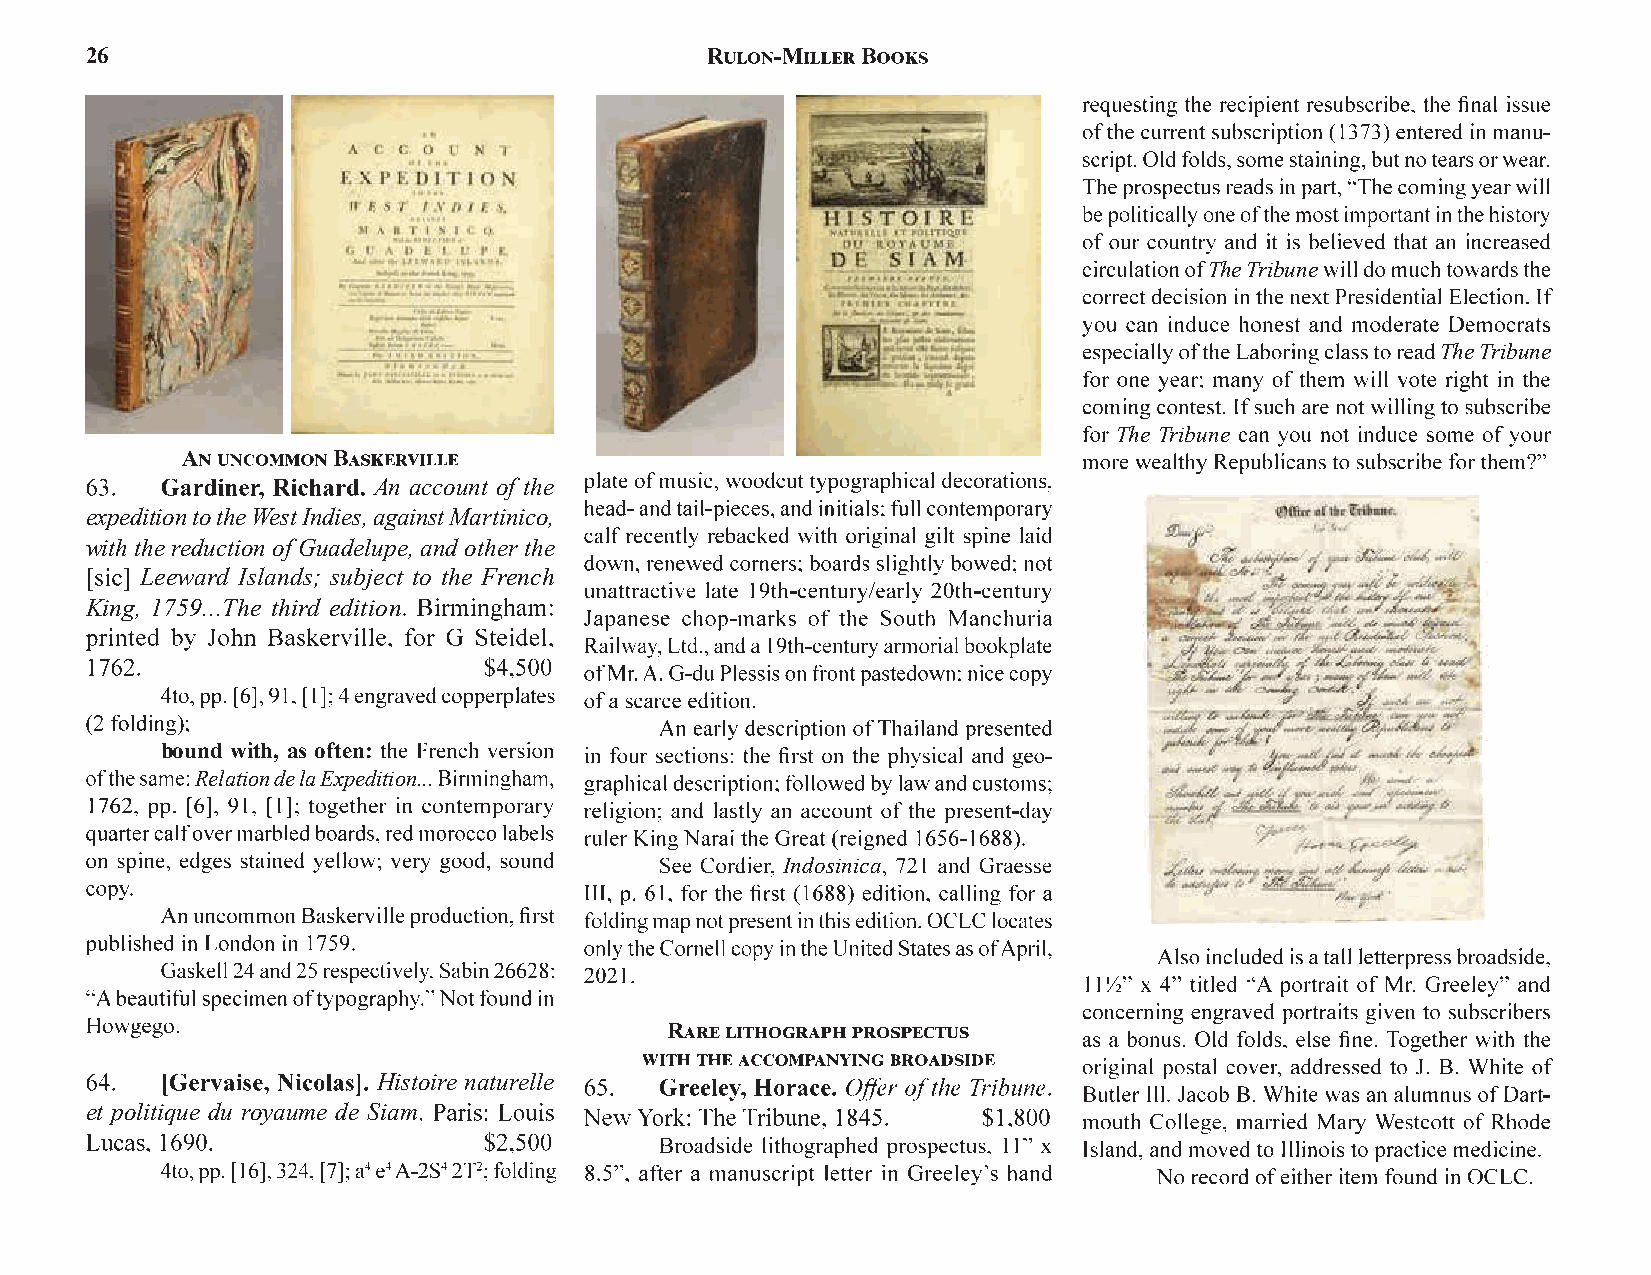
26
 The Tribune
 The Tribune
 The Tribune
 An account of the
 expedition to the West Indies, against Martinico,
 with the reduction of Guadelupe, and other the
 Leeward Islands; subject to the French
 King, 1759...The third edition
 bound with, as often:
 Relation de la Expedition...
 Indosinica
 Histoire naturelle
 et politique du royaume de Siam